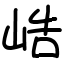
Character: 峼